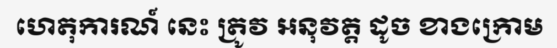
ហេតុការណ៍ នេះ ត្រូវ អនុវត្ត ដូច ខាងក្រោម